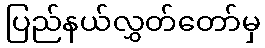
ပြည်နယ်လွှတ်တော်မှ